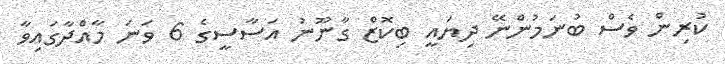
ކުރިން ވެސް ބުނަމުންނޭ ދިޔައީ ބިކޮޒް ގާނޫނު އަސާސީގެ 6 ވަނަ މާއްދާގައިވާ